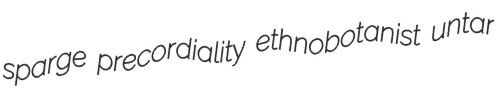
sparge precordiality ethnobotanist untar